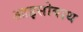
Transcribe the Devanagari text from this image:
आइसोबाथ